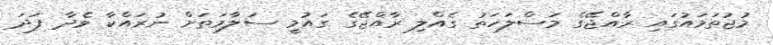
މުޖުތަމައުގައި ރާއްޖޭގެ މަސްލަހަތު ގެއްލި ރާއްޖޭގެ ގައުމީ ސަލާމަތަށް ނުރައްކާ ވެދާ ފަދަ